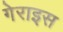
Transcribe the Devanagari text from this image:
गेराइस